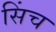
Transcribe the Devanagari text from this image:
सिंच